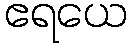
ဧရယေ